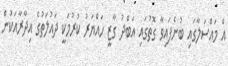
އެ މައްސަލާގައި ބުނެފައިވާ ގޮތުގައި އަބްދު ގާޒީ ހައްޔަރު ކުރުމަކީ ދައުލަތުގެ އިދާރާއަކުން